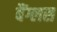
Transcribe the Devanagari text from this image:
बैंग्लस